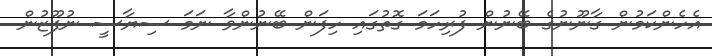
އެހެންކަމުން ގާނޫނުގެ ބޭނުން ފުރިހަމަ ގޮތުގައި ހިފަން ބޭނުންވާ ނަމަ ސިޔާސީ ނުފޫޒުން